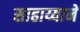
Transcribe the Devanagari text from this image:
साहाय्यानें